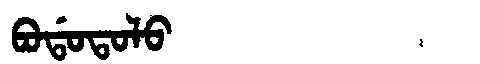
Manchu: ᠪᠣᡩᠣᡨᠣᠯᠣ
Romanization: BODOTOLO